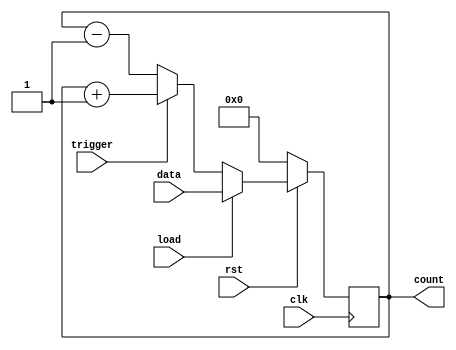
module upcounter(trigger,data,load,count,clk,rst);
input [7:0]data;
input clk,rst,load,trigger;
output [7:0]count;
reg [7:0]temp;

always @ (posedge clk)begin
if(!rst)begin 
temp<=8'd0;
end
else if(load)begin 
temp<=data;
end
else if(trigger)begin
temp<=temp+1;
end
else begin
temp<=temp-1;
end
end
assign count=temp;
endmodule

module test();
reg [7:0]data;
reg clk,rst,load,trigger;
wire [7:0]count;

upcounter DUT(.trigger(trigger),.data(data),.load(load),.count(count),.clk(clk),.rst(rst));

always #5 clk=~clk;

initial begin
data<=8'b00101101;
load=1;
clk=0;
rst=1;
trigger=1;
#10;
load=0;
#10;
load=0;
#10;
rst=1;
load=0;
#10;
rst=1;
load=0;
#50;
load=0;
trigger=0;
#100 $stop;
end

initial begin
$monitor("time=%d,trigger=%b,data=%b,load=%b,count=%b,clk=%b,rst=%b",$time,trigger,data,load,count,clk,rst);
$dumpfile("upcounter.vcd");
$dumpvars();
end
endmodule